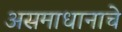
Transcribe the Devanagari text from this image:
असमाधानाचे